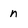
Character: n